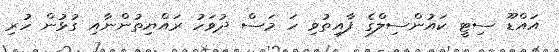
އައްޑޫ ސިޓީ ކައުންސިލްގެ ފާއިތުވި ހަ މަސް ދުވަހު ރައްޔިތުންނާއި ގުޅުން ހުރި